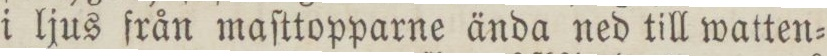
i ljus från maſttopparne ända ned till watten=